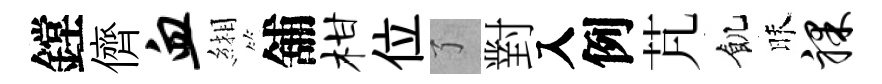
鏜儕血緗舖柑位了對入例芃飢昧裸